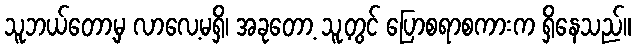
သူဘယ်တော့မှ လာလေ့မရှိ၊ အခုတော့ သူ့တွင် ပြောစရာစကားက ရှိနေသည်။